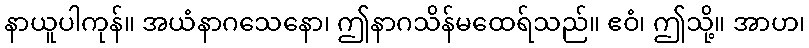
နာယူပါကုန်။ အယံနာဂသေနော၊ ဤနာဂသိန်မထေရ်သည်။ ဧဝံ၊ ဤသို့။ အာဟ၊